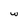
Character: w